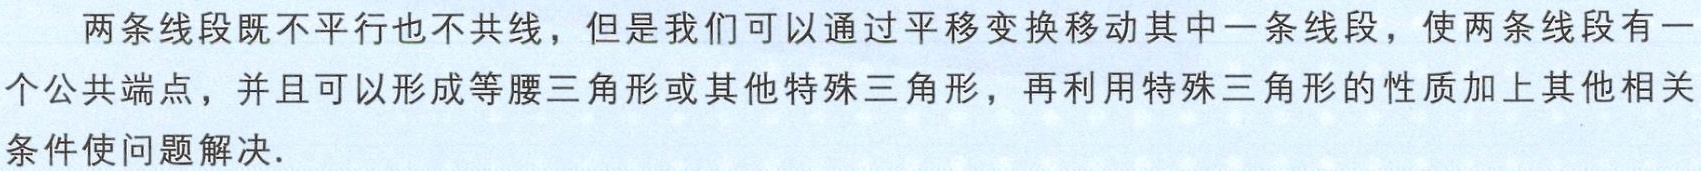
两条线段既不平行也不共线，但是我们可以通过平移变换移动其中一条线段，使两条线段有一个公共端点，并且可以形成等腰三角形或其他特殊三角形，再利用特殊三角形的性质加上其他相关条件使问题解决.